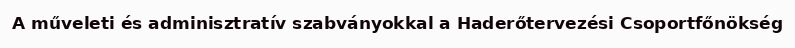
A műveleti és adminisztratív szabványokkal a Haderőtervezési Csoportfőnökség